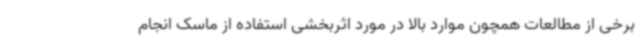
برخی از مطالعات همچون موارد بالا در مورد اثربخشی استفاده از ماسک انجام